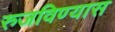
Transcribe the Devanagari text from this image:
रुजविण्यास